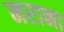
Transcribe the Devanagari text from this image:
नराना